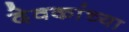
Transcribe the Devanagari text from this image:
देवकांच्या